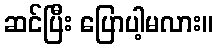
ဆင်ပြီး ပြောပါ့မလား။